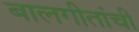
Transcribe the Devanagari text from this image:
बालगीतांची